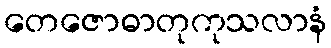
တေဇောဓာတုကုသလာနံ